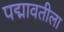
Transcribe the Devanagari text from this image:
पद्मावतीला